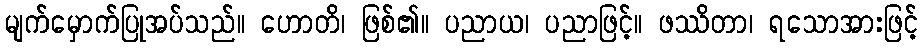
မျက်မှောက်ပြုအပ်သည်။ ဟောတိ၊ ဖြစ်၏။ ပညာယ၊ ပညာဖြင့်။ ဖဿိတာ၊ ရသောအားဖြင့်